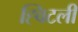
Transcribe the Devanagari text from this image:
ह्विटली